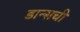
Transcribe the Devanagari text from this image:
डान्सची